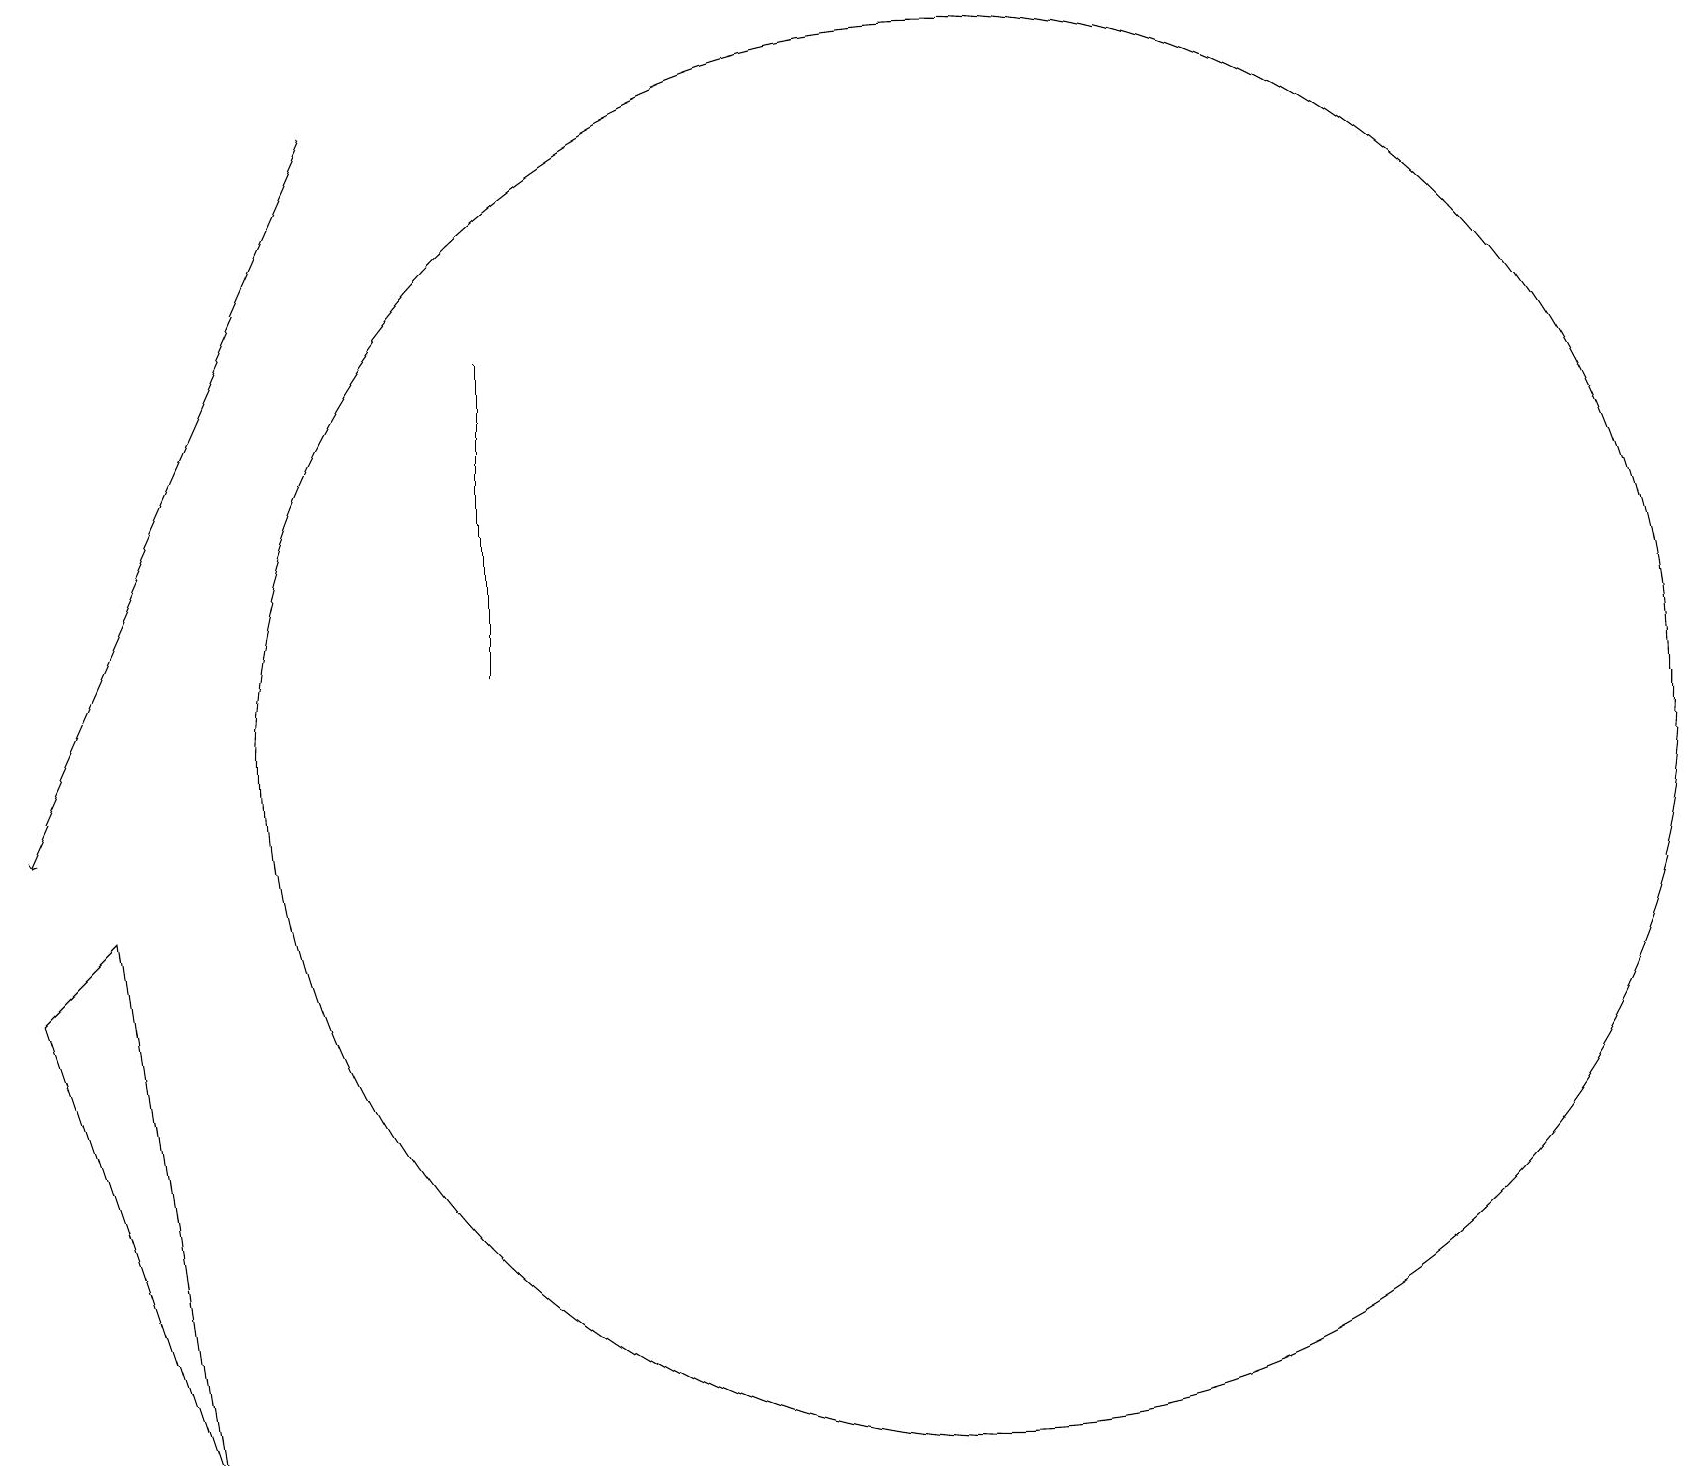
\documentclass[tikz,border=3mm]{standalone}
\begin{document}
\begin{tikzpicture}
\draw (1,9) -- (0,8) -- (2,2) -- cycle;
\draw (6,16) rectangle (6,12);
\draw (12,11) circle (9);
\draw[->] (4,19) -- (0,10);
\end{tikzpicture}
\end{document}